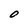
Character: 0